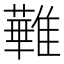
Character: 𩀵